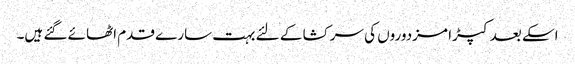
اسکے بعد کپڑا مزدوروں کی سرکشا کے لئے بہت سارے قدم اٹھائے گئے ہیں۔